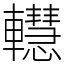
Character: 䡺